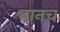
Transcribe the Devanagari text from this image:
मानच